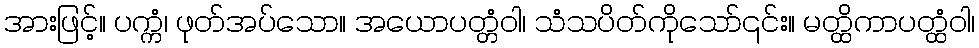
အားဖြင့်။ ပက္ကံ၊ ဖုတ်အပ်သော။ အယောပတ္တံဝါ၊ သံသပိတ်ကိုသော်၎င်း။ မတ္ထိကာပတ္ထံဝါ၊